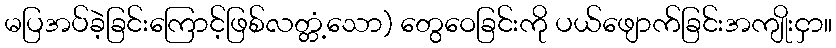
မပြအပ်ခဲ့ခြင်းကြောင့်ဖြစ်လတ္တံ့သော) တွေဝေခြင်းကို ပယ်ဖျောက်ခြင်းအကျိုးငှာ။